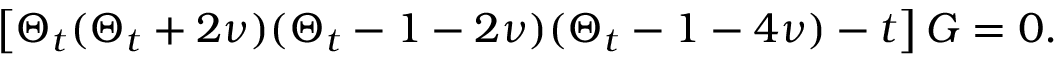
\left[ \Theta _ { t } ( \Theta _ { t } + 2 \nu ) ( \Theta _ { t } - 1 - 2 \nu ) ( \Theta _ { t } - 1 - 4 \nu ) - t \right] G = 0 .